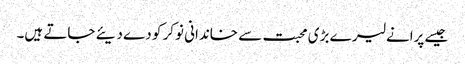
جیسے پرانے لیر ے بڑی محبت سے خاندانی نوکر کو دے دیئے جاتے ہیں۔